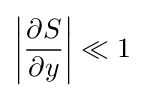
\left|{\frac {\partial S}{\partial y}}\right|\ll 1